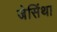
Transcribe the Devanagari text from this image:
जेसिंथा